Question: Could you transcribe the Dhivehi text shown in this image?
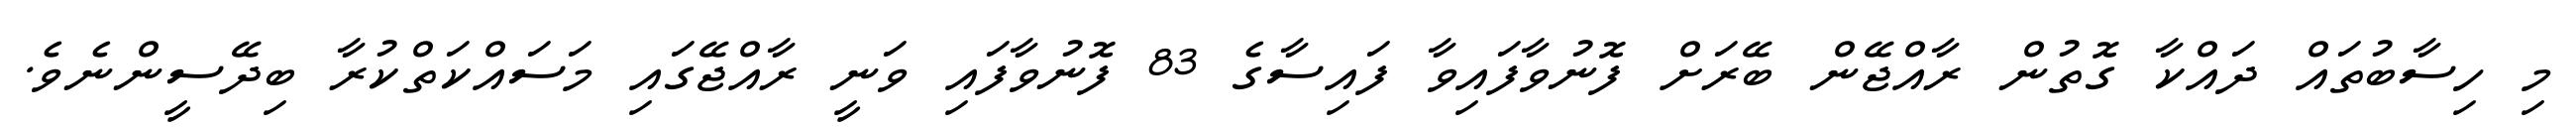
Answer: މި ހިސާބުތައް ދައްކާ ގޮތުން ރާއްޖޭން ބޭރަށް ފޮނުވާފައިވާ ފައިސާގެ 83 ފޮނުވާފައި ވަނީ ރާއްޖޭގައި މަސައްކަތްކުރާ ބިދޭސީންނެވެ.